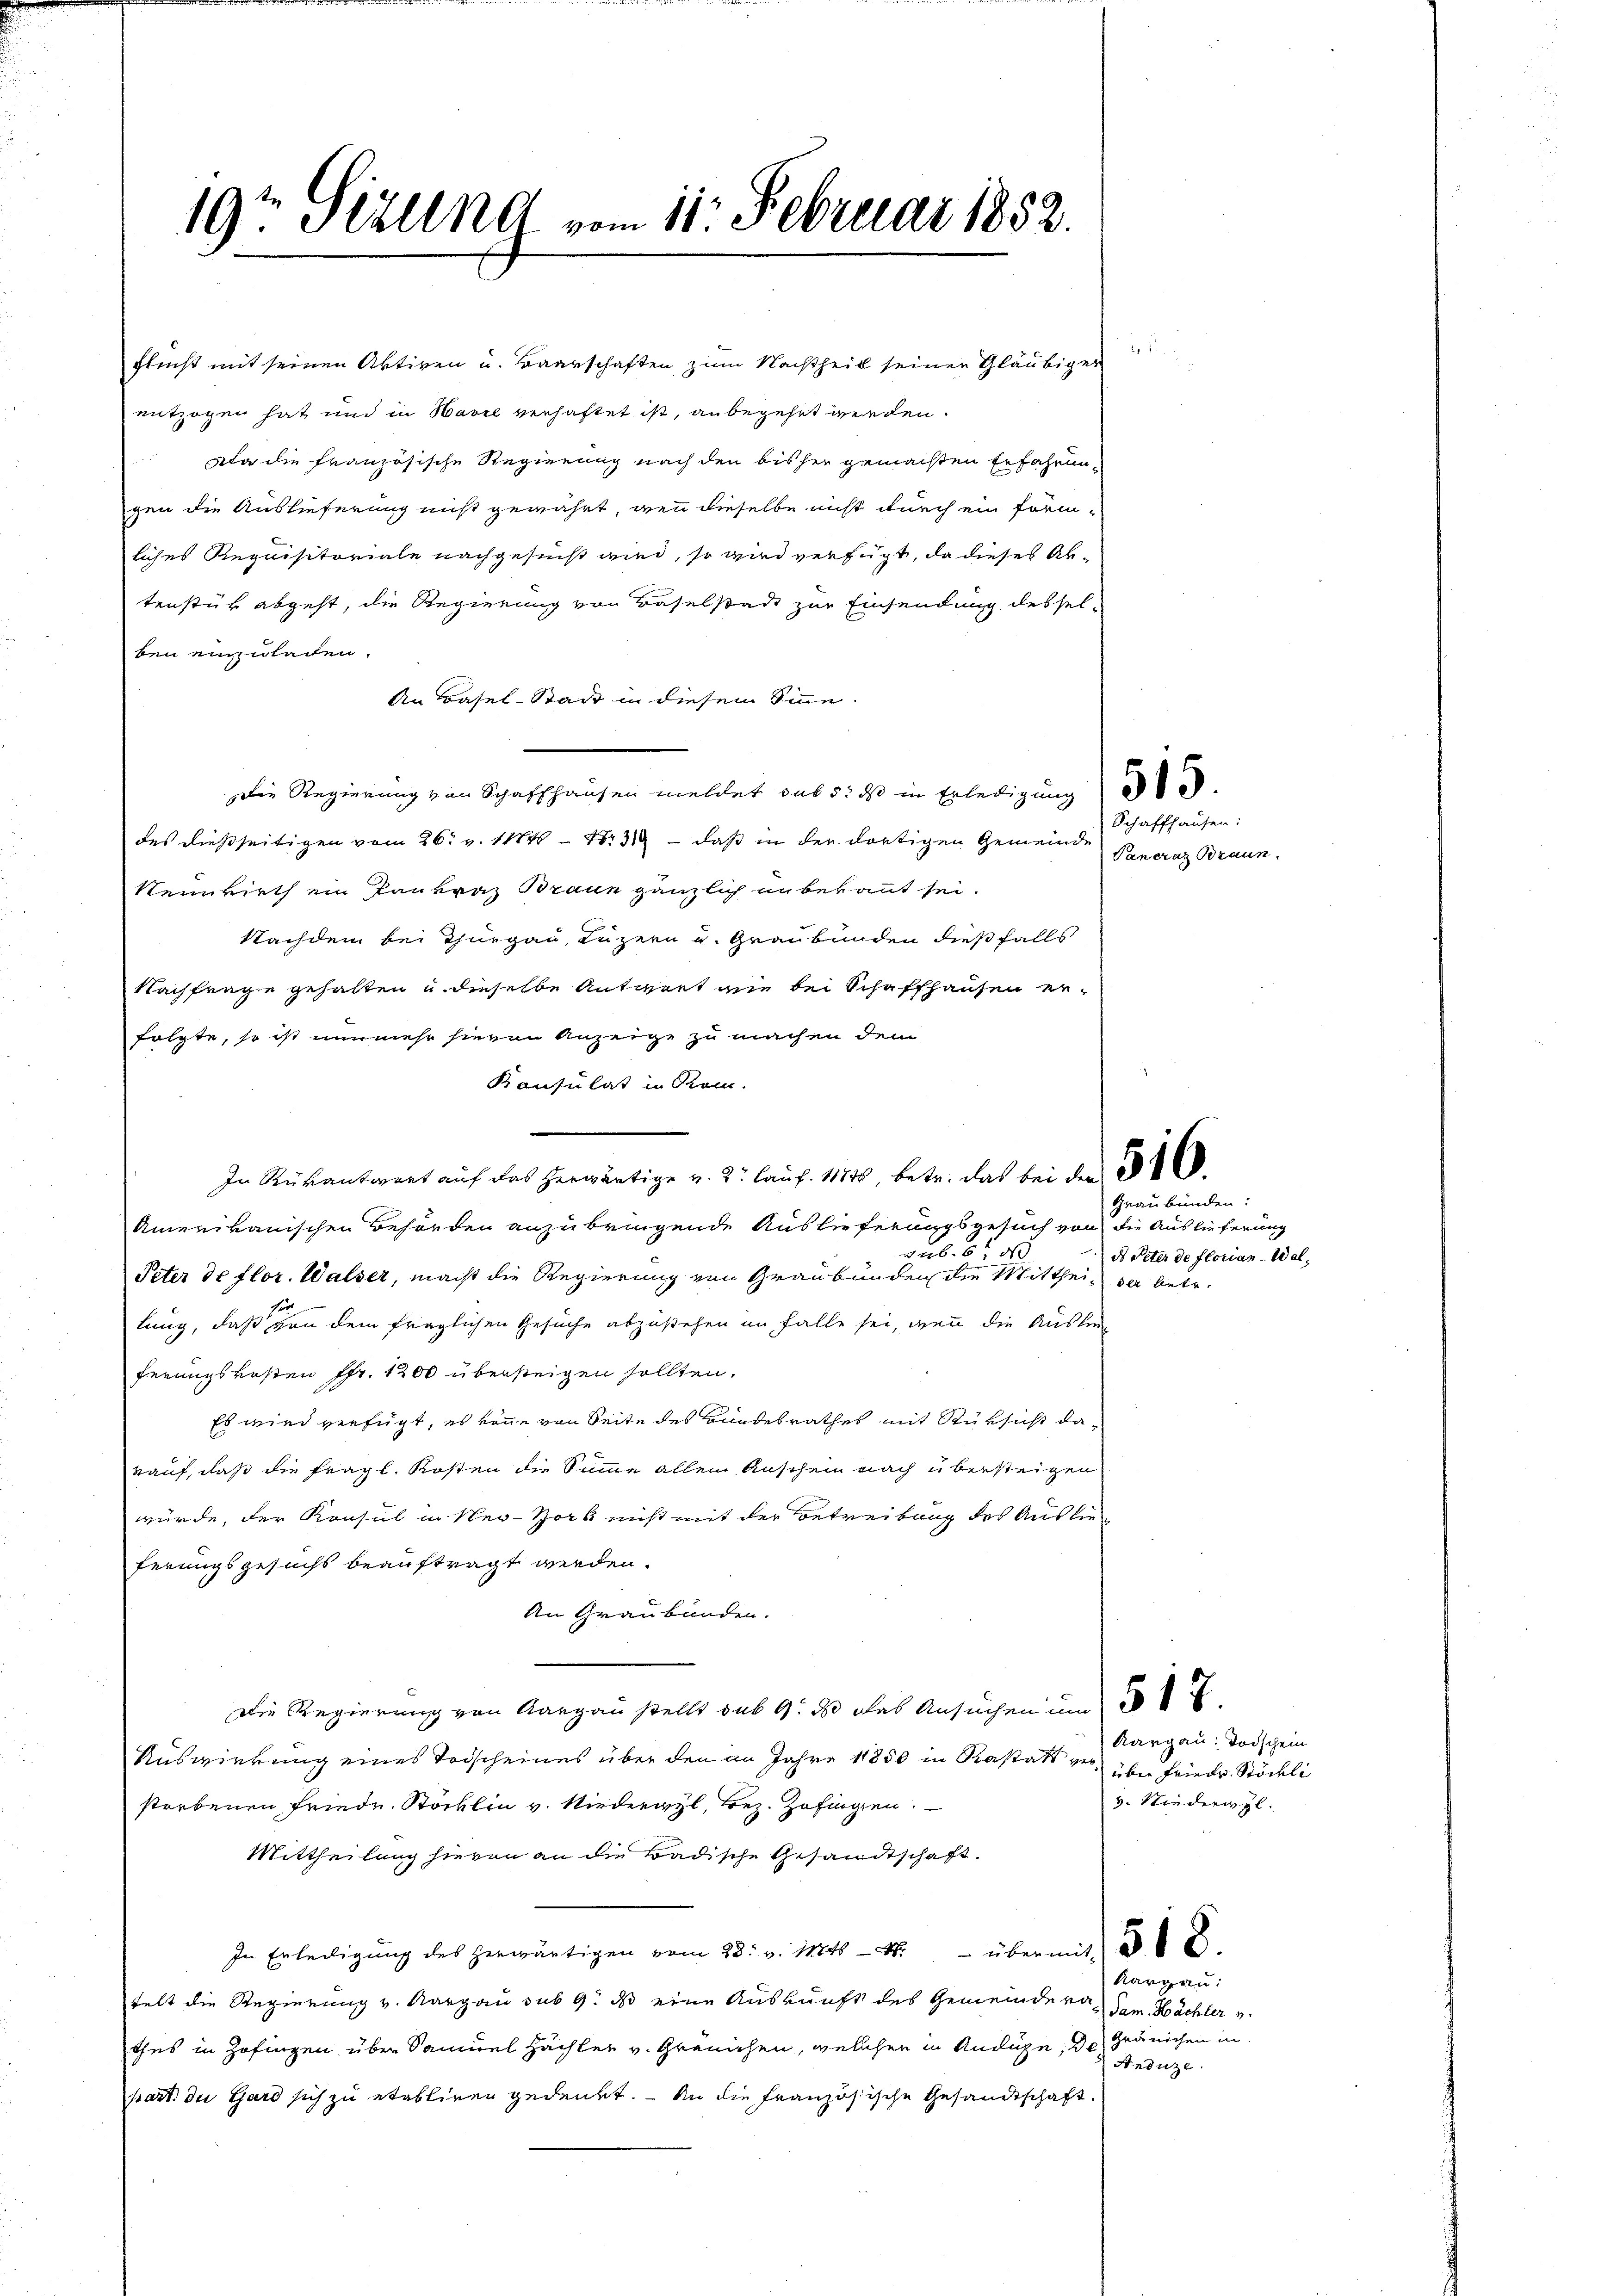
19ten Stillnd vom 11. Februar 1852.

1
Flecht mit seinen Aktiven u. Baarschaften zum Nachtheil seiner Gläubiger
entzogen hat und in Havel verhaftet ist, anbegehrt werden.
la die französische Regierung nach den bisher gemachten Erfahrungen die Auslieferung nicht gewährt, wenn dieselbe nicht durch ein förmliches Requisitoriale nachgesucht wird, so wird verfügt, da dieses Aktenstück abgeht, die Regierung von Baselstadt zur Einsendung dessel-
ben einzuleiten.
An Basel-Stadt in diesem Sinne.
Die Regierung von Schaffhausen meldet sub 5. ds in Erledigung
des dießseitigen vom 26. v. 114. No 3 — daß in der dortigen Gemeinde
Neinwirth ein Paukraz Braun gänzlich unbekannt sei.
Nachdem bei Thurgau, Luzern u. Graubünden dießfalls
Nachfrage gehalten u. dieselbe Antwort die bei Schaffhausen erfolgte, so ist nunmehr hievon Anzeige zu machen dem
Konsulat in Rom.
In Rükantwort auf das herwärtige v. 2. laŭf. 1184, betr. das bei den 3.
Amerikanischen Behörden anzubringende Auslieferungsgesuch von die Auslieferung
sub. 55 x
Peter de flor. Walser, macht die Regierung von Graubünden die Mittheil der betr.
lung, daß von dem fraglichen Gesuche abzustehen in Falle sei, wenn die Auslieferungskosten Fr. 1200 übersteigen sollten.
Es wird verfügt, es vone von Seite des Bundesrathes mit Rücksicht darauf, daß die fragl. Kosten die Summe allein Anschein nach übersteigen
würde, der Konsul in New-York nicht mit der Betreibung des Auslie
ferungsgesuchs beauftragt werden.
An Graubünden.
Die Regierung von Aargau stellt sub 9. ds das Ansuchen um 5
Auswirkung eines Todscheines über den an Jahre 1850 in Kastatt verstorbenen Friede Stöcklin v. Niederwyl, rez. Zofingen.
Mittheilung hievon an die Badische Gesandtschaft.
In Erledigung des herwärtigen vom 23. v. 1884 über mit 3
Kargau:
felt die Regierung v. Aargau sub 9. ds eine Auskunft des Gemeindere Jam. Hächler u.
thes in Zofingen über Samuel Hächter v. Gränichen, welchen in Andaze, de Gränichen in
Anduze
part. du Gard sich zu etabliren gedenkt. – An die französische Gesandtschaft.

Schaffhausen:
Pancraz Braun.

Graubünden:
ds Peter de florian Wal¬

Kargau: Todschein
über Friede Stöckli
3. Niederwyl